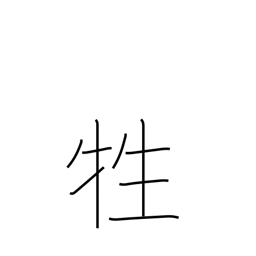
Meaning: animal sacrifice